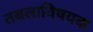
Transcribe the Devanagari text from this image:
तबलाविषयक